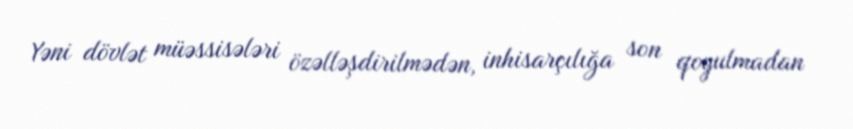
Yəni dövlət müəssisələri özəlləşdirilmədən, inhisarçılığa son qoyulmadan